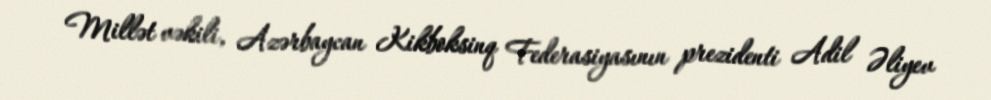
Millət vəkili, Azərbaycan Kikboksinq Federasiyasının prezidenti Adil Əliyev